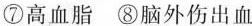
⑦高血脂 ⑧脑外伤出血